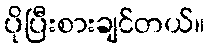
ပိုပြီးစားချင်တယ်။